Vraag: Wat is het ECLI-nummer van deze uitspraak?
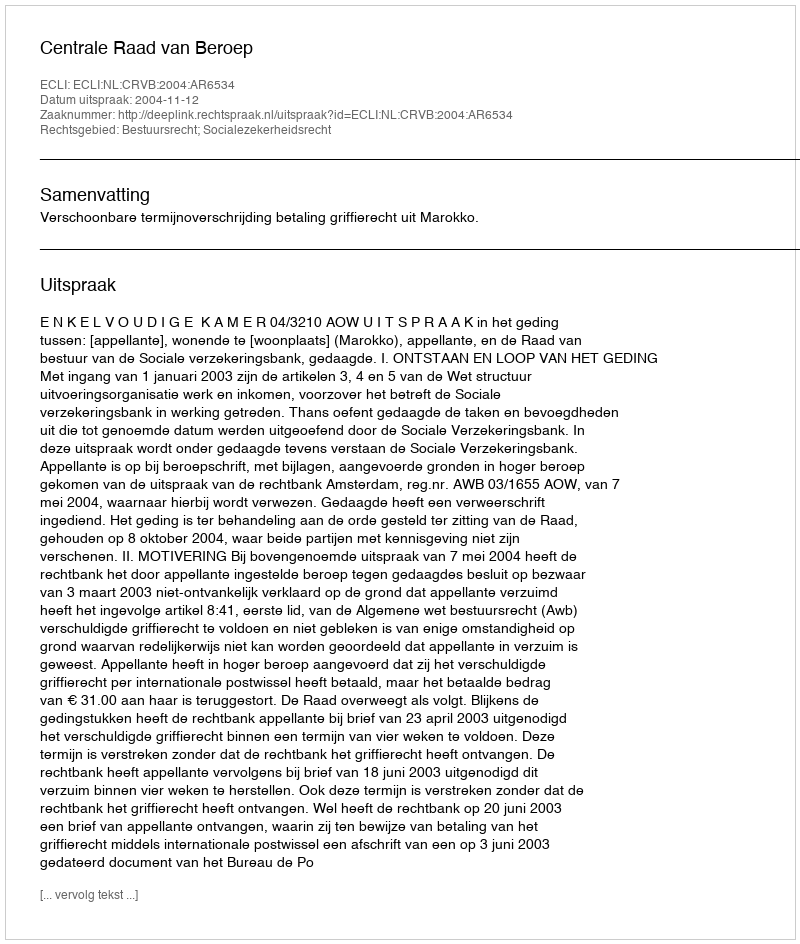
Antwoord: ECLI:NL:CRVB:2004:AR6534